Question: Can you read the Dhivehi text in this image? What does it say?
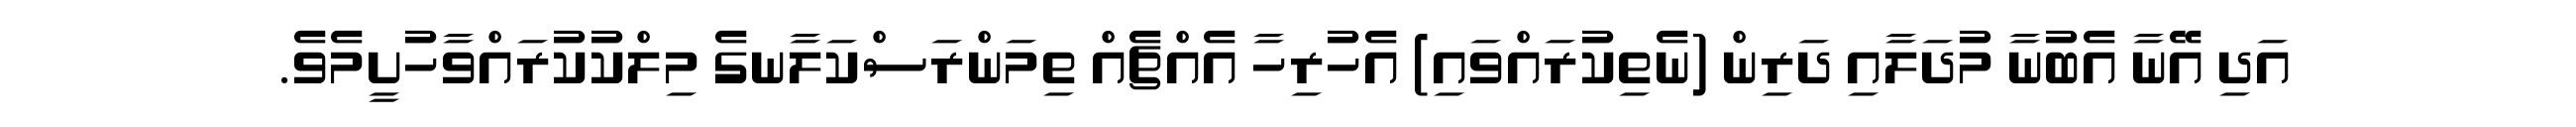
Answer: އަދި އޭނާ އެބުނާ މުދަލާއި ދަރިން (ނެތިކުރައްވައި) އެހުރިހާ އެއްޗެއް ތިމަންރަސްކަލާނގެ މިލްކުކުރައްވާހުށީމެވެ.